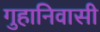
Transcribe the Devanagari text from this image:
गुहानिवासी